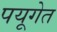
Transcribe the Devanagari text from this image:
पयूगेत